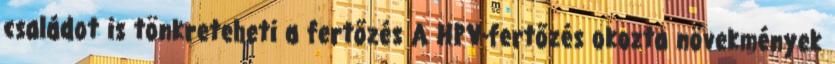
családot is tönkreteheti a fertőzés A HPV-fertőzés okozta növekmények